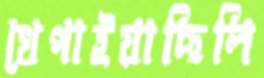
খেপাইয়াছিলি